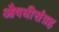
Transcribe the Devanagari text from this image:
औषधीसंग्रह